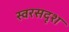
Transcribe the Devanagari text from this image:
स्वरसदृश